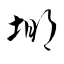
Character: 堋